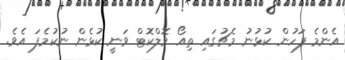
އެންމެ ފަހުން ކުޅުނު މެޗުގައި ތިއޯ ވޮލްކޮޓް ވަނީ ކުޅެން ނުކުމެފަ އެވެ.